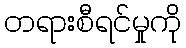
တရားစီရင်မှုကို